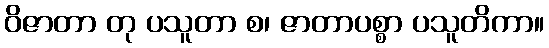
ဝိဇာတာ တု ပသူတာ စ၊ ဇာတာပစ္စာ ပသူတိကာ။